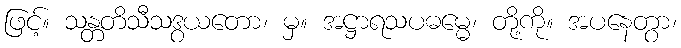
ဖြင့်။ သန္တတိသီသဒွယတော၊ မှ။ အဋ္ဌာရသပဓမ္မေ၊ တို့ကို။ အပနေတွာ၊